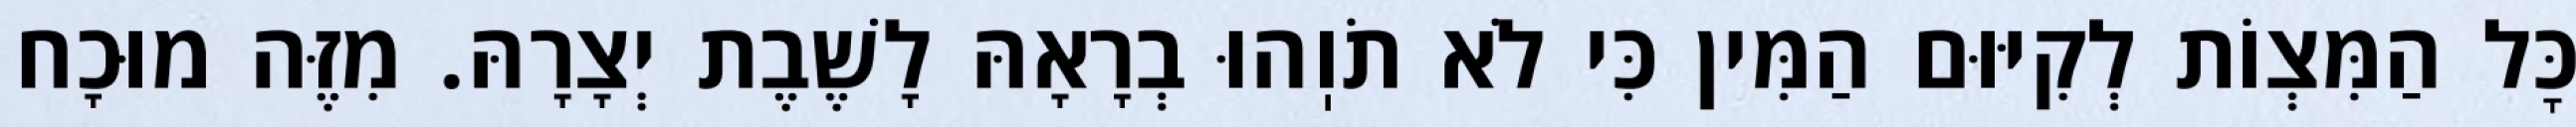
כׇּל הַמִּצְוֹת לְקִיּוּם הַמִּין כִּי לֹא תֹוֽהוּ בְרָאָהּ לָשֶׁבֶת יְצָרָהּ. מִזֶּה מוּכָח